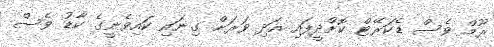
ރޫމް ވެސް ޑެކަރޭޓް ކޮށްދީފައި އަދި ވަރަށް ގިނައި ކައިވެނީގެ ކާޑު ވެސް